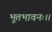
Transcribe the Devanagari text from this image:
भूतभावनः।।